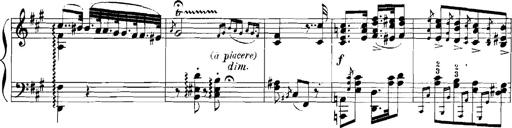
Title: Rhapsodies hongroises
Composer: Franz Liszt